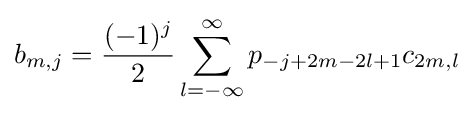
b_{m,j}={\frac {(-1)^{j}}{2}}\sum _{l=-\infty }^{\infty }p_{-j+2m-2l+1}c_{2m,l}